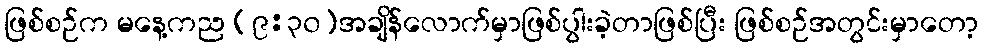
ဖြစ်စဉ်က မနေ့ကည (၉:၃၀)အချိန်လောက်မှာဖြစ်ပွါးခဲ့တာဖြစ်ပြီး ဖြစ်စဉ်အတွင်းမှာတော့